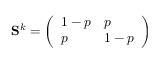
\mathbf { S } ^ { k } = \left( \begin{array} { l l } { 1 - p } & { p } \\ { p } & { 1 - p } \end{array} \right)